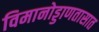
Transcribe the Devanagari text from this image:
विमानोड्डाणतासात